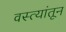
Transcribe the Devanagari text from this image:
वस्त्यांतून